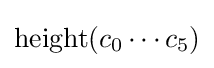
\operatorname {height} (c_{0}\cdots c_{5})